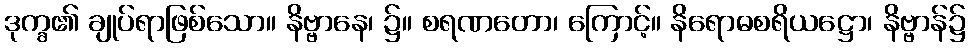
ဒုက္ခ၏ ချုပ်ရာဖြစ်သော။ နိဗ္ဗာနေ၊ ၌။ စရဏတော၊ ကြောင့်။ နိရောဓစရိယဋ္ဌော၊ နိဗ္ဗာန်၌